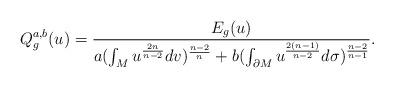
LaTeX: \begin{align*}Q^{a,b}_g(u)=\frac{E_g(u)}{a(\int_{M}u^{\frac{2n}{n-2}}dv)^{\frac{n-2}{n}}+b(\int_{\partial M}u^{\frac{2(n-1)}{n-2}}d\sigma)^{\frac{n-2}{n-1}}}.\end{align*}